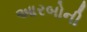
આરબોની